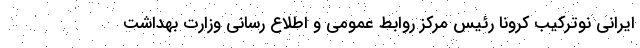
ایرانی نوترکیب کرونا رئیس مرکز روابط عمومی و اطلاع رسانی وزارت بهداشت